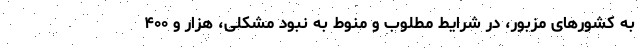
به کشورهای مزبور، در شرایط مطلوب و منوط به نبود مشکلی، هزار و ۴۰۰